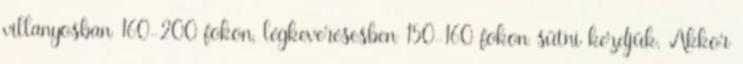
villanyosban 160-200 fokon, légkeverésesben 150-160 fokon sütni kezdjük. Akkor